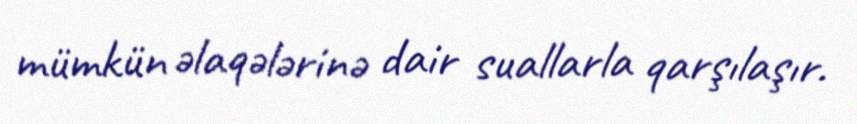
mümkün əlaqələrinə dair suallarla qarşılaşır.